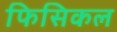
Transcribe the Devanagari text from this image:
फिसिकल